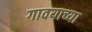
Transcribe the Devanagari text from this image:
गावयाच्या